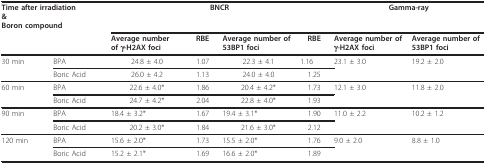
| <COLSPAN=2> Time after irradiation&Boron compound | <COLSPAN=4> BNCR | <COLSPAN=2> Gamma-ray |
 |  |  | Average number of γ-H2AX foci | RBE | Average number of 53BP1 foci | RBE | Average number of γ-H2AX foci | Average number of 53BP1 foci |
 | --- | --- | --- | --- | --- | --- | --- | --- |
 | 30 min | BPA | 24.8 ± 4.0 | 1.07 | 22.3 ± 4.1 | 1.16 | 23.1 ± 3.0 | 19.2 ± 2.0 |
 |  | Boric Acid | 26.0 ± 4.2 | 1.13 | 24.0 ± 4.0 | 1.25 |  |  |
 | 60 min | BPA | 22.6 ± 4.0* | 1.86 | 20.4 ± 4.2* | 1.73 | 12.1 ± 3.0 | 11.8 ± 2.0 |
 |  | Boric Acid | 24.7 ± 4.2* | 2.04 | 22.8 ± 4.0* | 1.93 |  |  |
 | 90 min | BPA | 18.4 ± 3.2* | 1.67 | 19.4 ± 3.1* | 1.90 | 11.0 ± 2.2 | 10.2 ± 1.2 |
 |  | Boric Acid | 20.2 ± 3.0* | 1.84 | 21.6 ± 3.0* | 2.12 |  |  |
 | 120 min | BPA | 15.6 ± 2.0* | 1.73 | 15.5 ± 2.0* | 1.76 | 9.0 ± 2.0 | 8.8 ± 1.0 |
 |  | Boric Acid | 15.2 ± 2.1* | 1.69 | 16.6 ± 2.0* | 1.89 |  |  |